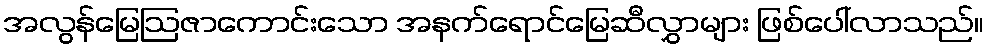
အလွန်မြေဩဇာကောင်းသော အနက်ရောင်မြေဆီလွှာများ ဖြစ်ပေါ်လာသည်။